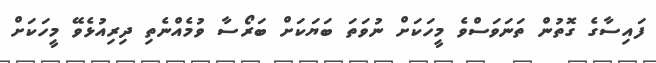
ފައިސާގެ ގޮތުން ތަނަވަސްވެ މީހަކަށް ނުވަތަ ބަޔަކަށް ބަރޯސާ ވުމެއްނެތި ދިރިއުޅެވޭ މީހަކަށް